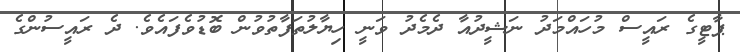
ޕާޓީގެ ރައީސް މުހައްމަދު ނަޝީދުއާ ދެމެދު ވަނީ ހިޔާލުތަފާތުވުން ބޮޑުވެފައެވެ. ދެ ރައީސުންގެ